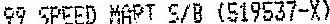
99 SPEED MAPT S/B (519537-X)